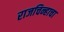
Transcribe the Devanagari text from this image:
राजचिन्हाचा